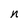
Character: n